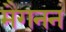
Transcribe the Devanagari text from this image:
मैगनन